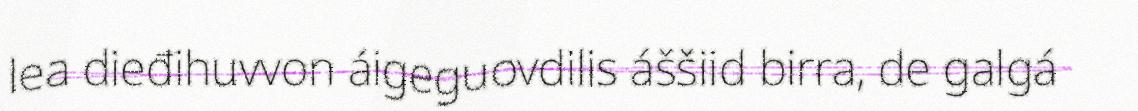
lea dieđihuvvon áigeguovdilis áššiid birra, de galgá